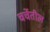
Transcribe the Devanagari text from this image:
चर्चेतील